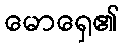
မောရှေ၏